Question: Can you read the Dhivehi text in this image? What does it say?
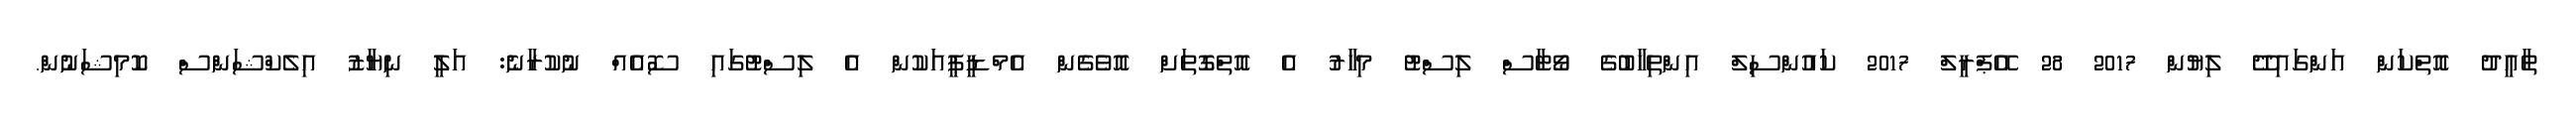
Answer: ތާއީދު އޮތްކަން އަންގައިދޭ ލިޔުން 2017 28 އޭޕްރީލް 2017 ކައުންސިލް އިންތިޚާބުގެ ވޯޓާސް ލިސްޓު މިހާރު އެ އޮތްގޮތަށް އޮވެގެން އެމްޑީޕީއަކުން އެ ލިސްޓުގައި ސޮއެއް ނުކުރާނެ: އަލީ ނިޔާޒު އިލެކްޝަންސް ކޮމިޝަނުން.